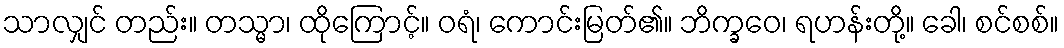
သာလျှင် တည်း။ တသ္မာ၊ ထိုကြောင့်။ ဝရံ၊ ကောင်းမြတ်၏။ ဘိက္ခဝေ၊ ရဟန်းတို့။ ခေါ၊ စင်စစ်။